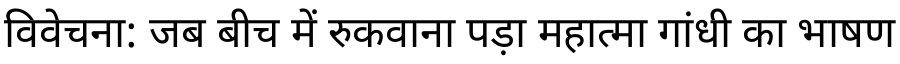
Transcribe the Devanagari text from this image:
विवेचना: जब बीच में रुकवाना पड़ा महात्मा गांधी का भाषण